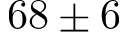
6 8 \pm 6